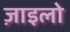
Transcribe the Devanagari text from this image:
ज़ाइलो